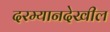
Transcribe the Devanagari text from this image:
दरम्यानदेखील